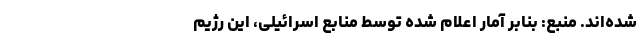
شده‌اند. منبع: بنابر آمار اعلام شده توسط منابع اسرائیلی، این رژیم